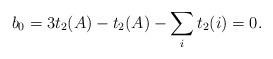
\begin{align*}b_0 = 3 t_2(A) - t_2(A) - \sum_i t_2(i) = 0. \end{align*}